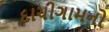
દાચીગામનો